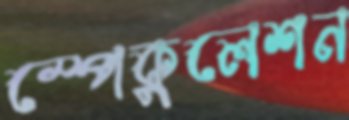
স্পেকুলেশন